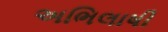
અભિલાષી